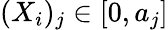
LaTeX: (X_{i})_{j}\in[0,a_{j}]